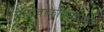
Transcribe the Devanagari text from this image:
सारावाकापाठोपाठ